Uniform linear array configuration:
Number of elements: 16
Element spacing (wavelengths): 0.25
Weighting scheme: binomial
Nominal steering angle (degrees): -60
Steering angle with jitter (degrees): -61.787
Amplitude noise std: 0.05
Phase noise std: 0.05

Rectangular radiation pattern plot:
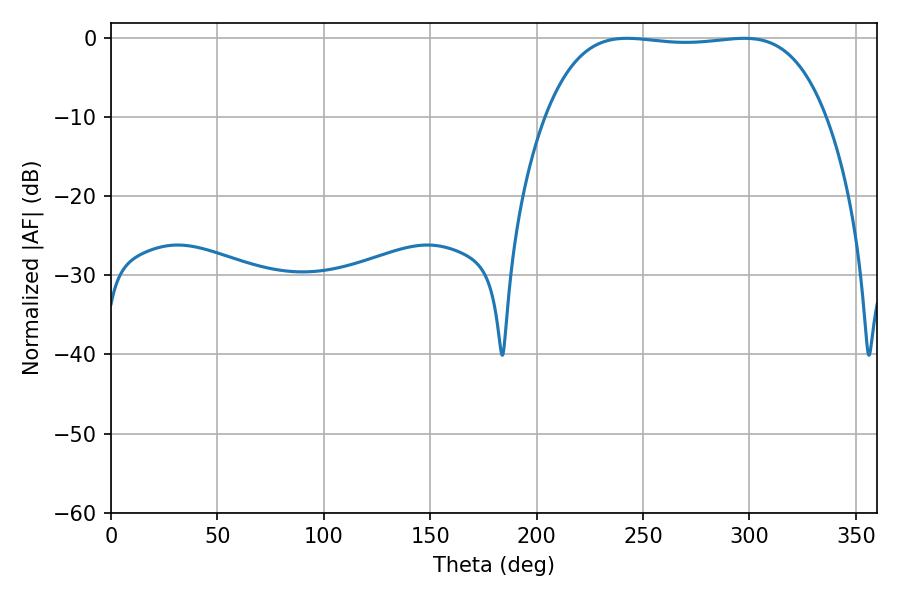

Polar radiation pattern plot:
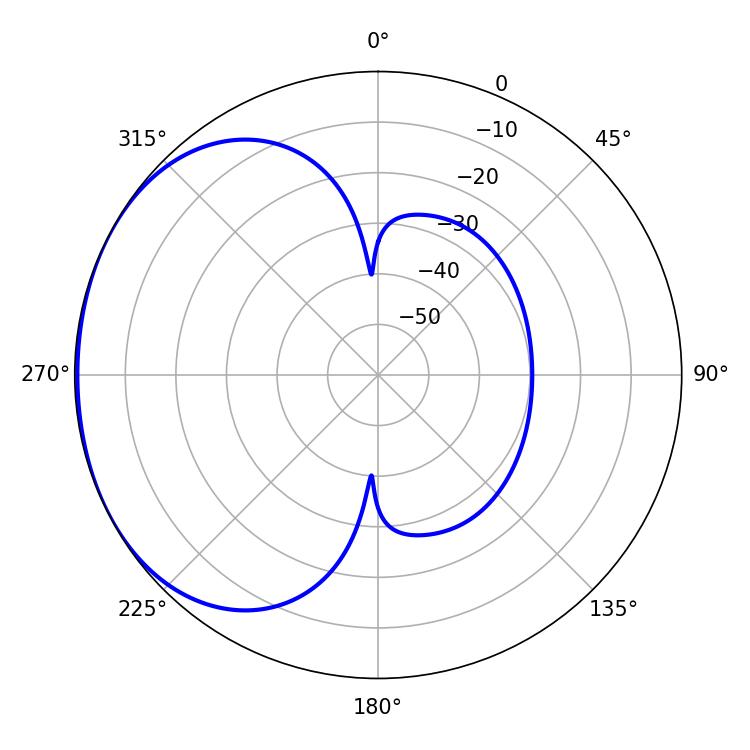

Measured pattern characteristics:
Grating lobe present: FALSE
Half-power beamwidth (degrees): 103.68
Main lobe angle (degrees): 242.46